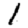
Digit: 1